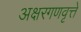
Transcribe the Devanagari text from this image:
अक्षरगणवृत्ते